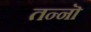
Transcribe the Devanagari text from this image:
तन्नॊ